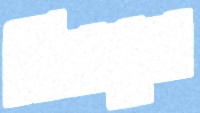
বিষমুখ